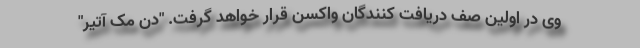
وی در اولین صف دریافت کنندگان واکسن قرار خواهد گرفت. "دن مک آتیر"